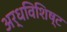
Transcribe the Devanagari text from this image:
अर्धविशिष्ट